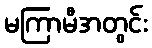
မကြာမီအတွင်း